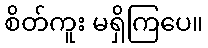
စိတ်ကူး မရှိကြပေ။